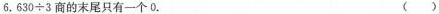
6.$$6 3 0 \div 3$$商的末尾只有一个0. ( )